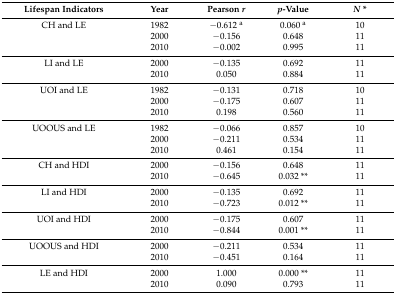
| Lifespan Indicators | Year | Pearson r | p-Value | N * |
 | --- | --- | --- | --- | --- |
 | CH and LE | 1982 | −0.612 a | 0.060 a | 10 |
 |  | 2000 | −0.156 | 0.648 | 11 |
 |  | 2010 | −0.002 | 0.995 | 11 |
 | LI and LE | 2000 | −0.135 | 0.692 | 11 |
 |  | 2010 | 0.050 | 0.884 | 11 |
 | UOI and LE | 1982 | −0.131 | 0.718 | 10 |
 |  | 2000 | −0.175 | 0.607 | 11 |
 |  | 2010 | 0.198 | 0.560 | 11 |
 | UOOUS and LE | 1982 | −0.066 | 0.857 | 10 |
 |  | 2000 | −0.211 | 0.534 | 11 |
 |  | 2010 | 0.461 | 0.154 | 11 |
 | CH and HDI | 2000 | −0.156 | 0.648 | 11 |
 |  | 2010 | −0.645 | 0.032 ** | 11 |
 | LI and HDI | 2000 | −0.135 | 0.692 | 11 |
 |  | 2010 | −0.723 | 0.012 ** | 11 |
 | UOI and HDI | 2000 | −0.175 | 0.607 | 11 |
 |  | 2010 | −0.844 | 0.001 ** | 11 |
 | UOOUS and HDI | 2000 | −0.211 | 0.534 | 11 |
 |  | 2010 | −0.451 | 0.164 | 11 |
 | LE and HDI | 2000 | 1.000 | 0.000 ** | 11 |
 |  | 2010 | 0.090 | 0.793 | 11 |